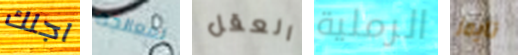
اجلك لمعالجة العقل الرملية تايمز